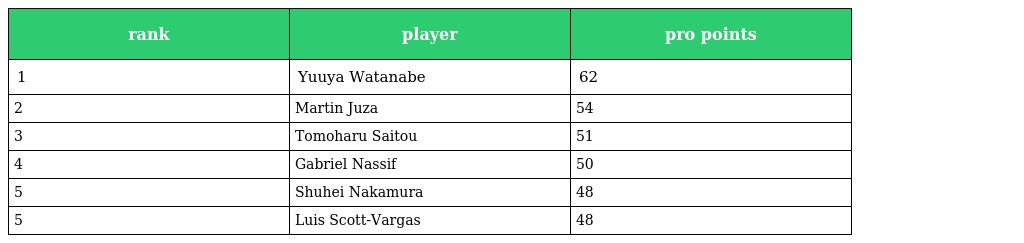
| rank | player | pro points |
 | --- | --- | --- |
 | 1 | Yuuya Watanabe | 62 |
 | 2 | Martin Juza | 54 |
 | 3 | Tomoharu Saitou | 51 |
 | 4 | Gabriel Nassif | 50 |
 | 5 | Shuhei Nakamura | 48 |
 | 5 | Luis Scott-Vargas | 48 |